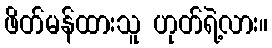
ဖိတ်မန်ထားသူ ဟုတ်ရဲ့လား။